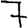
Digit: 7